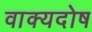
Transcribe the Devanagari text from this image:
वाक्यदोष